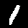
Label: 1